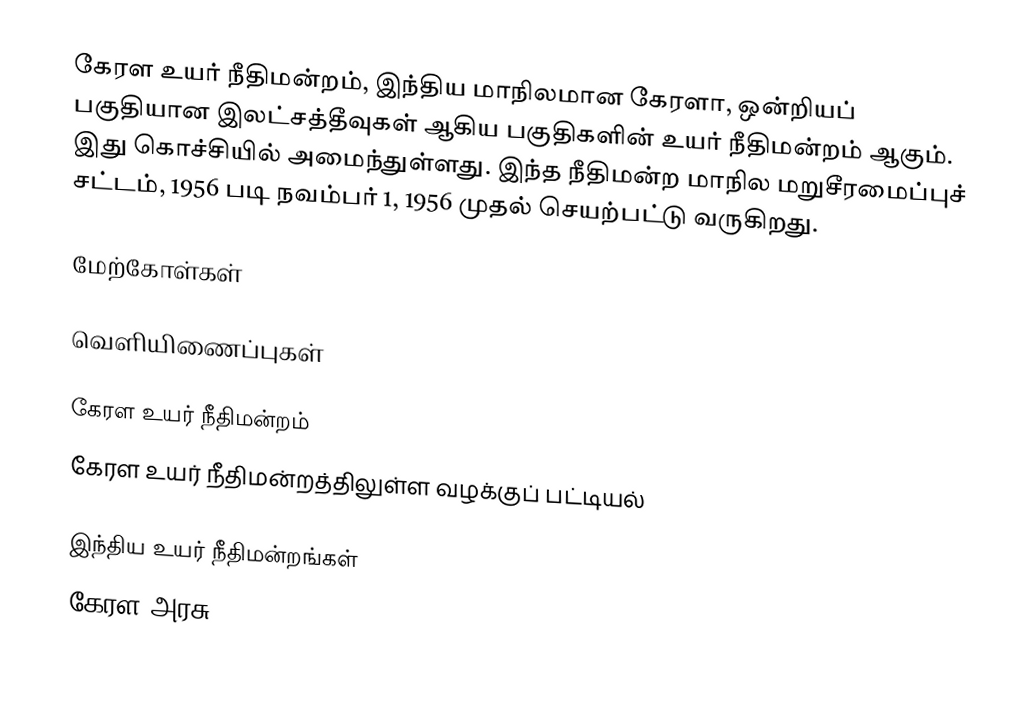
கேரள உயர் நீதிமன்றம், இந்திய மாநிலமான கேரளா, ஒன்றியப் பகுதியான இலட்சத்தீவுகள் ஆகிய பகுதிகளின் உயர் நீதிமன்றம் ஆகும். இது கொச்சியில் அமைந்துள்ளது. இந்த நீதிமன்ற மாநில மறுசீரமைப்புச் சட்டம், 1956 படி நவம்பர் 1, 1956 முதல் செயற்பட்டு வருகிறது.

மேற்கோள்கள்

வெளியிணைப்புகள்

 கேரள உயர் நீதிமன்றம்
 கேரள உயர் நீதிமன்றத்திலுள்ள வழக்குப் பட்டியல்

இந்திய உயர் நீதிமன்றங்கள்
கேரள அரசு